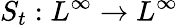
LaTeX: S_{t}:L^{\infty}\to L^{\infty}